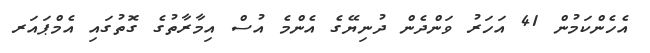
އެހެންކަމުން 41 އަހަރު ވަންދެން ދުނިޔޭގެ އެންމެ އުސް އިމާރާތުގެ ގޮތުގައި އެމްޕައަރ